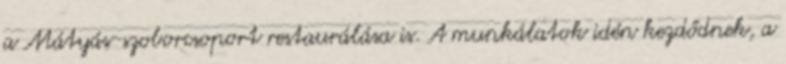
a Mátyás-szoborcsoport restaurálása is. A munkálatok idén kezdődnek, a